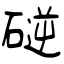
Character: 磀